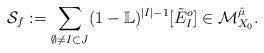
LaTeX: \begin{align*} \mathcal{S}_f:=\sum_{\emptyset \neq I\subset J} (1- \mathbb{L})^{\lvert I \rvert-1}[\tilde{E}^o_{I}]\in \mathcal{M}_{X_0}^{\hat{\mu}}.\end{align*}